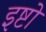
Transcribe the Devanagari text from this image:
इष्टो